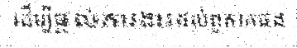
ដើម្បីផ្តល់ការងារដល់ពួកគេផង